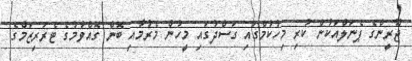
ޖޫރީންގެ ޕެނަލްއަކުން ކުރި މިހުކުމްގައި ގަސްދުގައި މީހުން މެރުމާއި ބޮން ގޮއްވުމުގެ ޓެރަރިޒަމްގެ